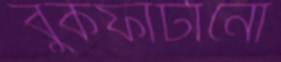
বুকফাটানো